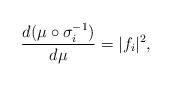
LaTeX: \begin{align*}\frac{d(\mu\circ\sigma_i^{-1})}{d\mu}=|f_i|^2,\end{align*}